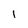
Character: l